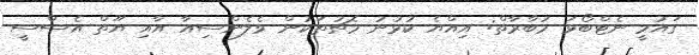
ގައުމީ ނެޓްބޯޅަ މުބާރާތް: އިއްޔެ ކުޅުނު މެޗުތަކުން ވެލެންސިއާ އާއި ޔޫތް އެސްސީ